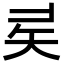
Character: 𥎨